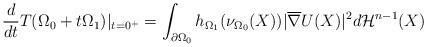
LaTeX: \begin{align*}\frac{d}{dt}T(\Omega_0+t\Omega_1)|_{t=0^+}=\int_{\partial\Omega_0}h_{\Omega_1}(\nu_{\Omega_0}(X))|\overline{\nabla} U(X)|^2d\mathcal{H}^{n-1}(X)\end{align*}